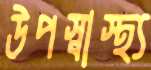
উপস্বাস্থ্য